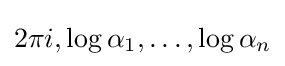
2\pi i,\log \alpha _{1},\ldots ,\log \alpha _{n}